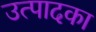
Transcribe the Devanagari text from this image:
उत्पादका